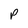
Character: p